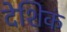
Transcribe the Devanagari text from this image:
देशिकं